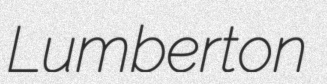
Lumberton